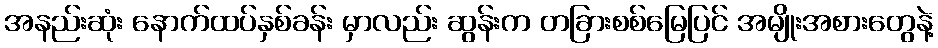
အနည်းဆုံး နောက်ထပ်နှစ်ခန်း မှာလည်း ဆွန်းက တခြားစစ်မြေပြင် အမျိုးအစားတွေနဲ့